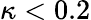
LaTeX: \kappa<0.2